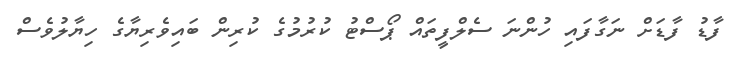
ފާޑު ފާޑަށް ނަގާފައި ހުންނަ ސެލްފީތައް ޕޯސްޓު ކުރުމުގެ ކުރިން ބައިވެރިޔާގެ ހިޔާލުވެސް